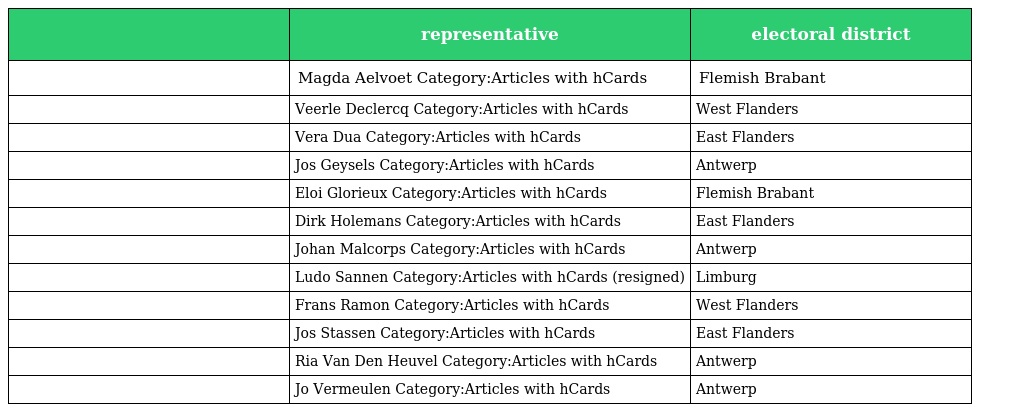
|  | representative | electoral district |
 | --- | --- | --- |
 |  | Magda Aelvoet Category:Articles with hCards | Flemish Brabant |
 |  | Veerle Declercq Category:Articles with hCards | West Flanders |
 |  | Vera Dua Category:Articles with hCards | East Flanders |
 |  | Jos Geysels Category:Articles with hCards | Antwerp |
 |  | Eloi Glorieux Category:Articles with hCards | Flemish Brabant |
 |  | Dirk Holemans Category:Articles with hCards | East Flanders |
 |  | Johan Malcorps Category:Articles with hCards | Antwerp |
 |  | Ludo Sannen Category:Articles with hCards (resigned) | Limburg |
 |  | Frans Ramon Category:Articles with hCards | West Flanders |
 |  | Jos Stassen Category:Articles with hCards | East Flanders |
 |  | Ria Van Den Heuvel Category:Articles with hCards | Antwerp |
 |  | Jo Vermeulen Category:Articles with hCards | Antwerp |